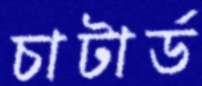
চাটার্ড